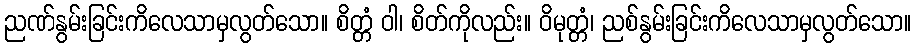
ညဏ်နွမ်းခြင်းကိလေသာမှလွတ်သော။ စိတ္တံ ဝါ၊ စိတ်ကိုလည်း။ ဝိမုတ္တံ၊ ညစ်နွမ်းခြင်းကိလေသာမှလွတ်သော။